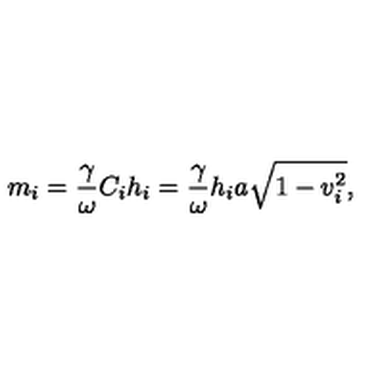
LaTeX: m _ { i } = \frac \gamma \omega C _ { i } h _ { i } = \frac \gamma \omega h _ { i } a \sqrt { 1 - v _ { i } ^ { 2 } } ,